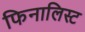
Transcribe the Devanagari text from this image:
फिनालिस्ट